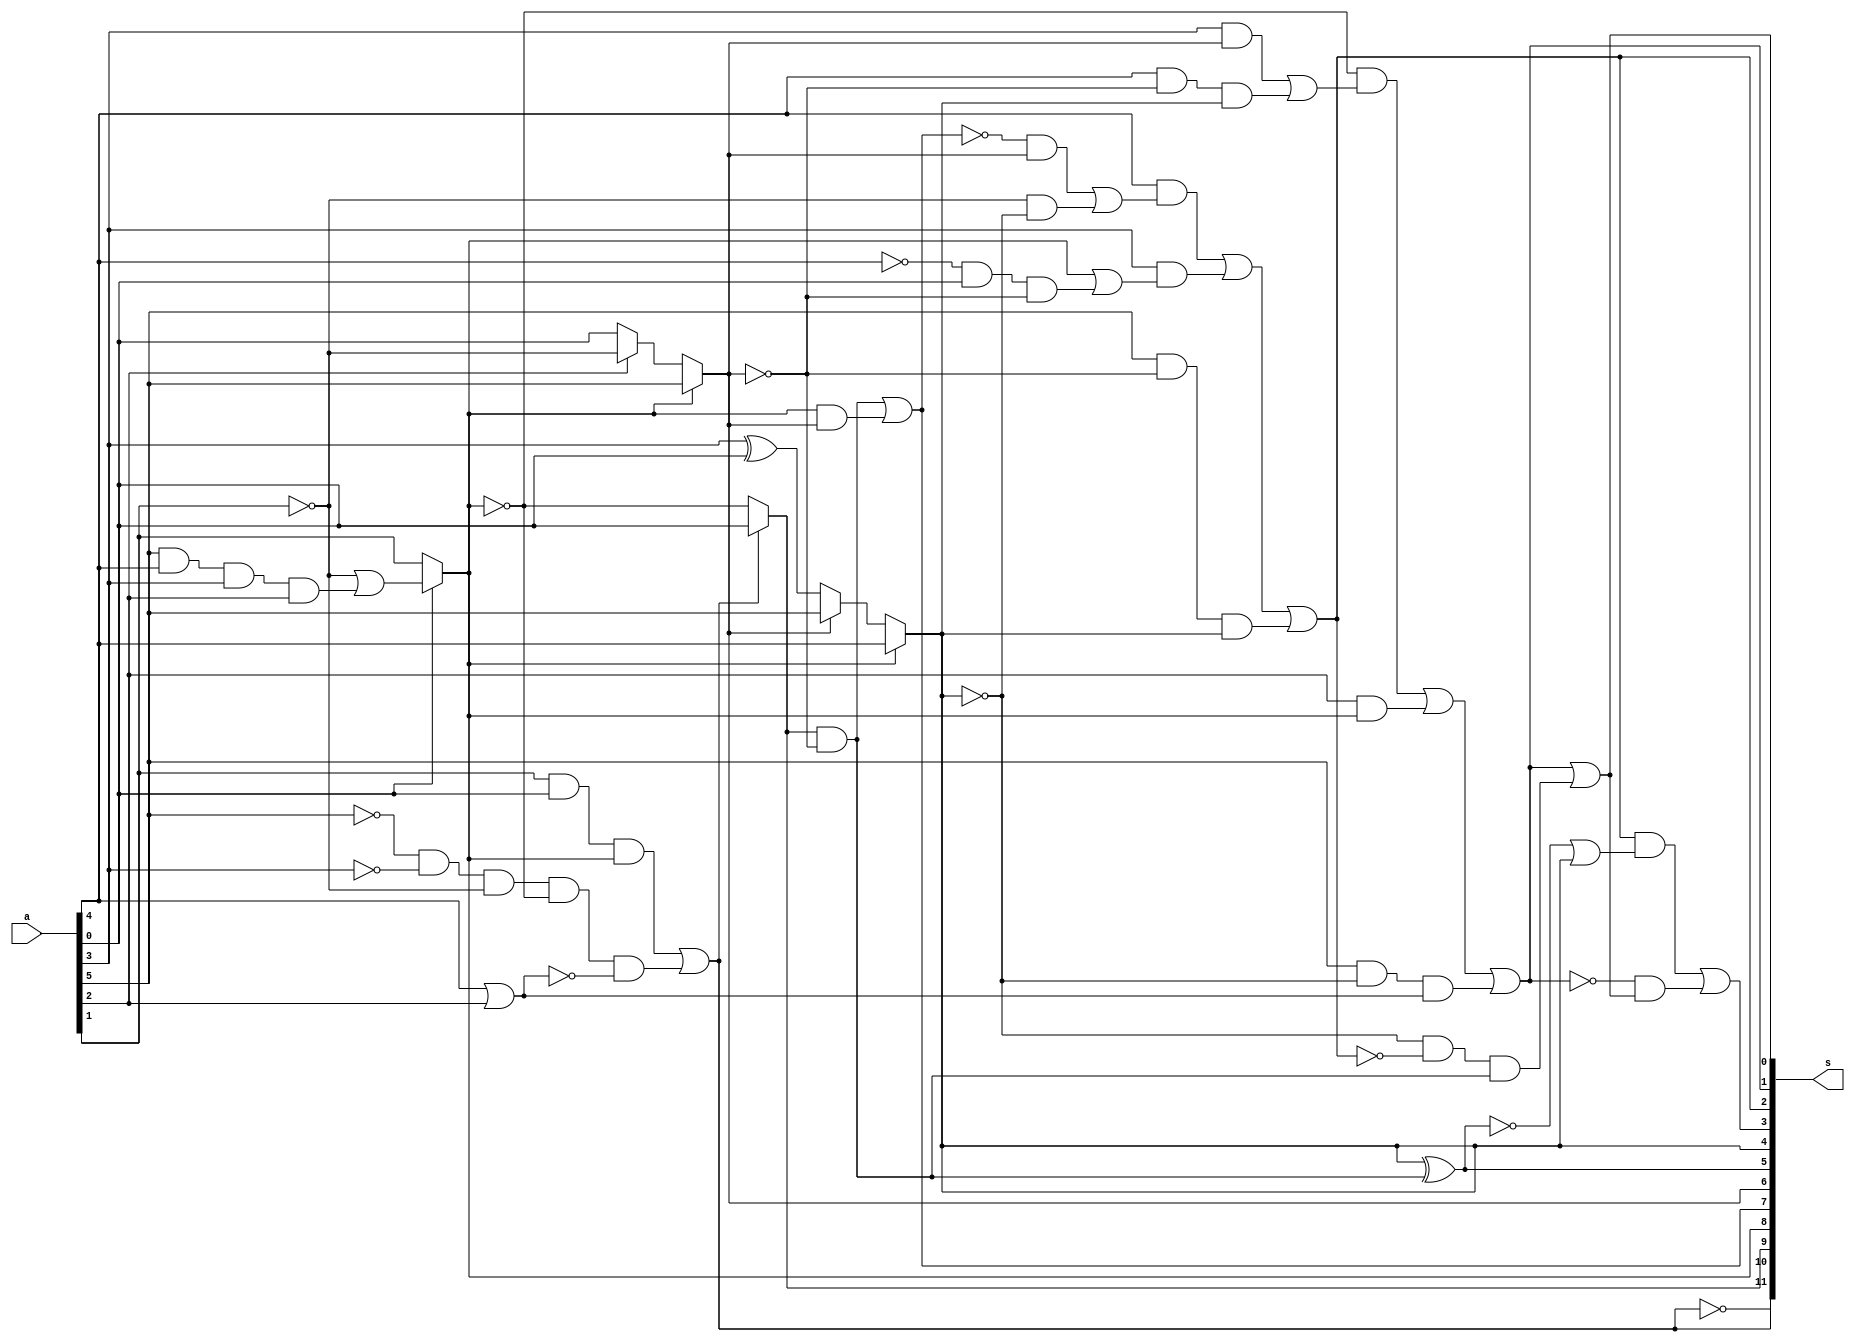
module dcdc_config (
	a, s);
  input  [5:0] a;
  output [11:0]s;
  wire wire_12 , wire_14;
  assign s[11]  = ~s[10] ;
  assign s[10]  = (a[1]  & a[0]  & s[8] ) | (~a[5]  & ~a[3]  & ~a[1]  & ~s[8]  & ~wire_12 );
  assign s[9]  = s[10]  ? a[0]  : ~s[8] ;
  assign s[8]  = a[0]  ? (~a[1]  | (a[5]  & a[4]  & a[3]  & a[2] )) : a[1] ;
  assign s[7]  = wire_14 | (s[8]  & s[6] );
  assign s[6]  = s[8]  ? a[5]  : (a[2]  ? ~a[1]  : a[0] );
  assign s[5]  = s[4]  ^ wire_14;
  assign s[4]  = s[8]  ? a[4]  : (s[6]  ? a[5]  : (a[3]  ^ a[0] ));
  assign s[3]  = (s[2]  & (~s[5]  | s[4] )) | (~s[1]  & s[0] );
  assign s[2]  = (a[4]  & ((~s[7]  & s[6] ) | (~a[1]  & ~s[4] ))) | (a[3]  & (s[8]  | (~a[4]  & a[0]  & ~s[6] ))) | (a[5]  & ~s[6]  & s[4] );
  assign s[1]  = (~s[8]  & ((a[3]  & s[6] ) | (a[4]  & ~s[6]  & s[4] ))) | (a[2]  & s[8] ) | (a[5]  & ~s[4]  & wire_12 );
  assign s[0]  = s[1]  | (~s[4]  & ~s[2]  & wire_14);
  assign wire_12  = a[4]  | a[2] ;
  assign wire_14 = s[9]  & ~s[6] ;
endmodule